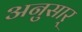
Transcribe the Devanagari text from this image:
अनुसार्